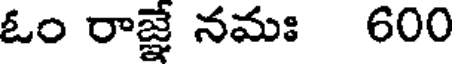
ఓం రాజ్ఞే నమః 600